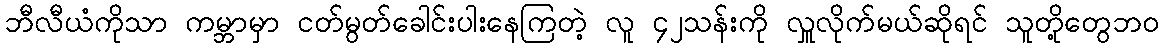
ဘီလီယံကိုသာ ကမ္ဘာမှာ ငတ်မွတ်ခေါင်းပါးနေကြတဲ့ လူ ၄၂သန်းကို လှူလိုက်မယ်ဆိုရင် သူတို့တွေဘဝ